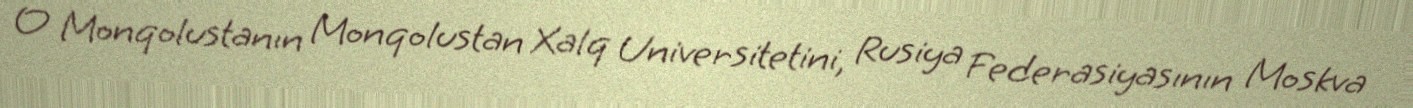
O Monqolustanın Monqolustan Xalq Universitetini, Rusiya Federasiyasının Moskva